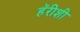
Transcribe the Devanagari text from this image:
हॅरीशी